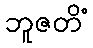
ဘူဇတိံ